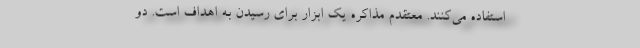
استفاده می‌کنند. معتقدم مذاکره یک ابزار برای رسیدن به اهداف است. دو